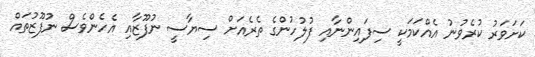
ކަށަވަރު ކުރެވުނު އެއްކަމަކީ ސިފައިންނާއި ފުލުހުންގެ ތެރެއަށް ސިޔާސީ ނުފޫޒާއި އެހެންވެސް ނުފޫޒުތައް